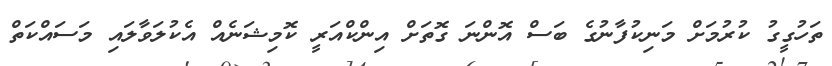
ތަހުގީގު ކުރުމަށް މަނިކުފާނުގެ ބަސް އޮންނަ ގޮތަށް އިންކްއަރީ ކޮމިޝަނެއް އެކުލަވާލައި މަސައްކަތް